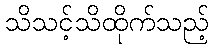
သိသင့်သိထိုက်သည့်